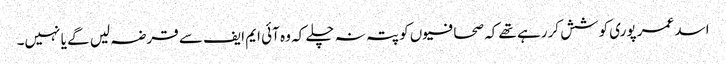
اسد عمر پوری کوشش کررہے تھے کہ صحافیوں کو پتہ نہ چلے کہ وہ آئی ایم ایف سے قرضہ لیں گے یا نہیں۔